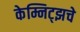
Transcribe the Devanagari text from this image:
केम्निट्झचे